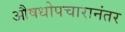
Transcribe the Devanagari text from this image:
औषधोपचारानंतर